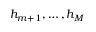
h _ { m + 1 } , \dots , h _ { M }